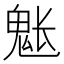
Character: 𩲒